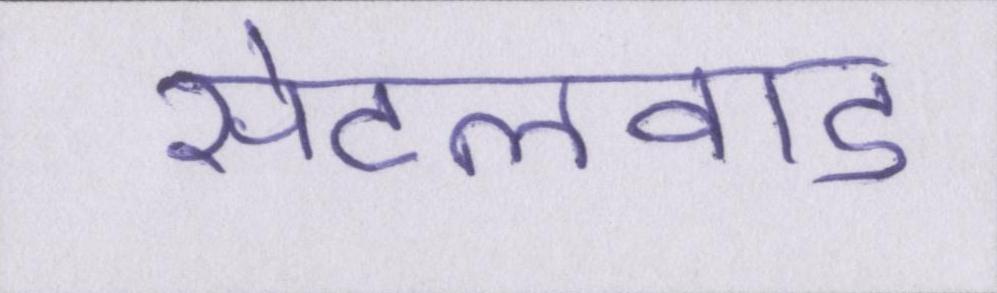
सेटलवाड